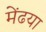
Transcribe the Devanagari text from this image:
मेंढया